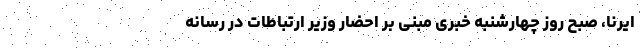
ایرنا، ‌صبح روز چهارشنبه خبری مبنی بر احضار وزیر ارتباطات در رسانه